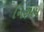
નિરૂપમ